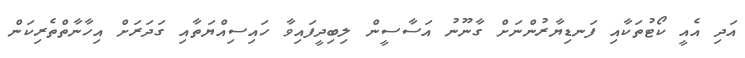
އަދި އެއީ ކޯޓުތަކާއި ފަނޑިޔާރުންނަށް ގާނޫނު އަސާސީން ލިބިދީފައިވާ ހައިސިއްޔަތާއި ގަދަރަށް އިހާނާތްތެރިކަން